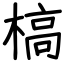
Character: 槁